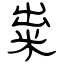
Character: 粜